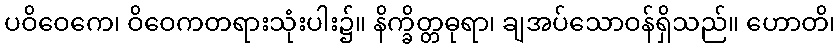
ပဝိဝေကေ၊ ဝိဝေကတရားသုံးပါး၌။ နိက္ခိတ္တဓုရာ၊ ချအပ်သောဝန်ရှိသည်။ ဟောတိ၊